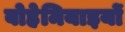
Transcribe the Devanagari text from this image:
बोहेमियाइयों